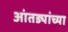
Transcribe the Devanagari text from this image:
आंतड्यांच्या